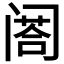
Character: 𨸉